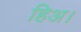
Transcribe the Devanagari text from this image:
हिअ।